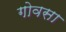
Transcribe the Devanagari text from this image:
गोवसा